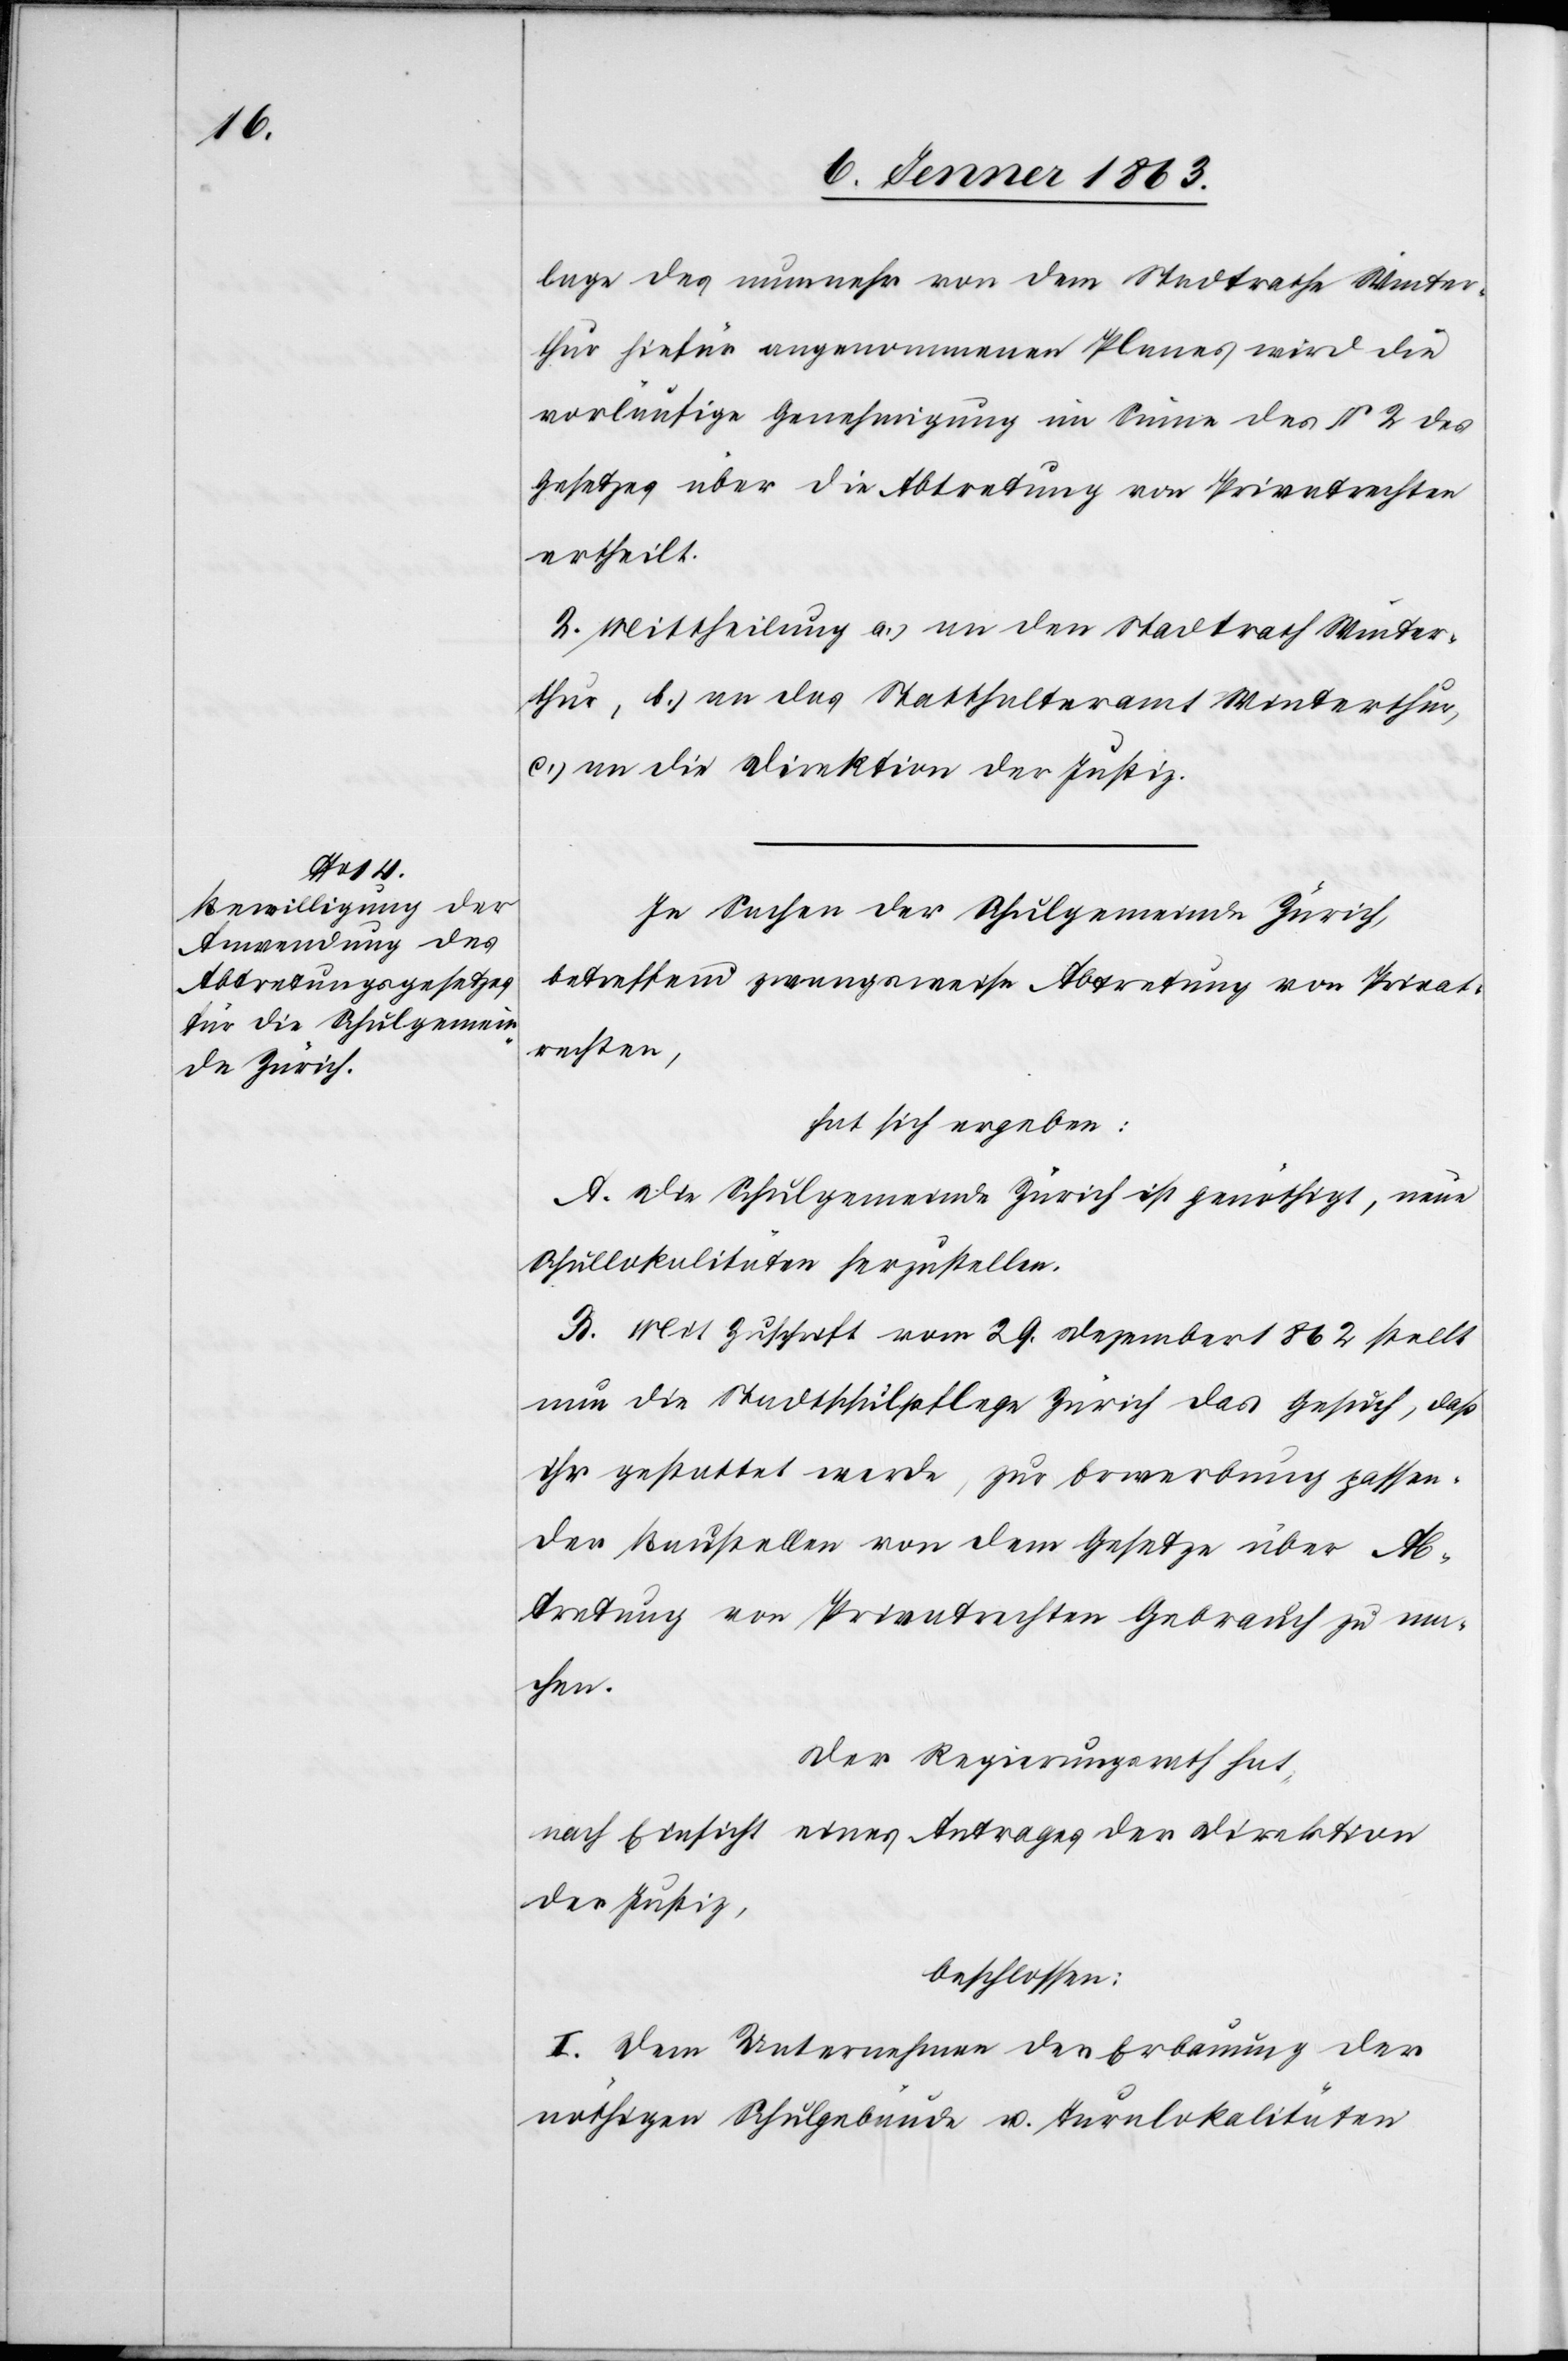
lage des nunmehr von dem Stadtrathe Winter¬
thur hiefür angenommenen Planes wird die
vorläufige Genehmigung im Sinne des § 2 des
Gesetzes über die Abtretung von Privatrechten
ertheilt.
2. Mittheilung a.) an den Stadtrath Winter¬
thur, b.) an das Statthalteramt Winterthur,
c.) an die Direktion der Justiz.
In Sachen der Schulgemeinde Zürich,
betreffend zwangsweise Abtretung von Privat¬
rechten,
hat sich ergeben:
A. Die Schulgemeinde Zürich ist genöthigt, neue
Schullokalitäten herzustellen.
B. Mit Zuschrift vom 29. Dezember 1862 stellt
nun die Stadtschulpflege Zürich das Gesuch, daß
ihr gestattet werde, zur Bewerbung passen¬
der Baustellen von dem Gesetze über Ab¬
tretung von Privatrechten Gebrauch zu ma¬
chen.
Der Regierungsrath hat,
nach Einsicht eines Antrages der Direktion
der Justiz,
beschlossen:
I. Dem Unternehmen der Erbauung der
nöthigen Schulgebäude u. Turnlokalitäten